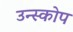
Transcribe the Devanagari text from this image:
उन्स्कोप